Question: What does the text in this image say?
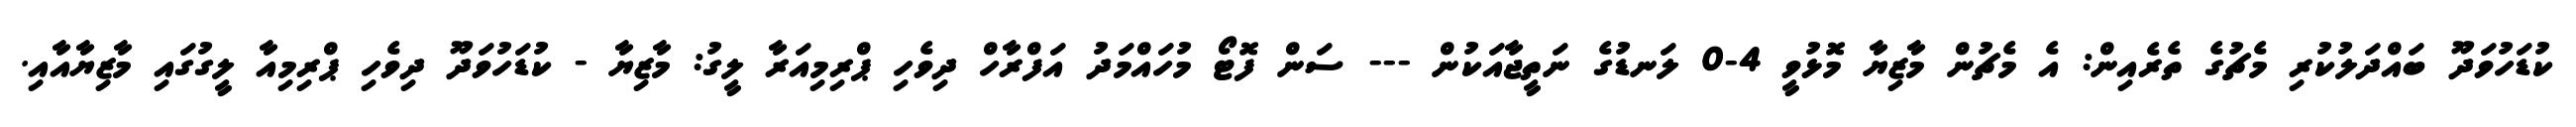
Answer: ކުޑަހުވަދޫ ބައްދަލުކުރި މެޗުގެ ތެރެއިން: އެ މެޗުން މާޒިޔާ މޮޅުވީ 4-0 ލަނޑުގެ ނަތީޖާއަކުން --- ސަން ފޮޓޯ މުހައްމަދު އަފްރާހް ދިވެހި ޕްރިމިއަރާ ލީގު: މާޒިޔާ - ކުޑަހުވަދޫ ދިވެހި ޕްރިމިއާ ލީގުގައި މާޒިޔާއާއި.